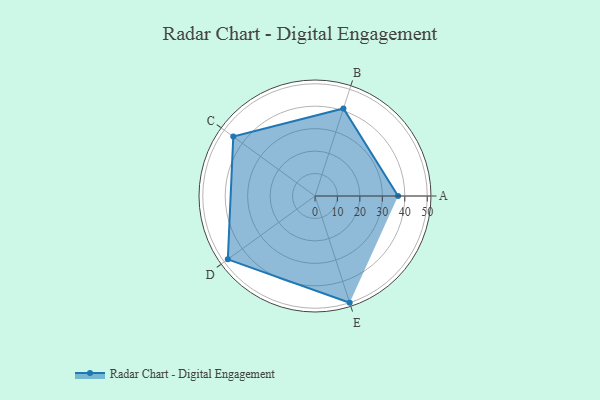
{"axis": {"x": "Skill", "y": "Score"}, "legend": ["Profile"], "data": [{"x": "A", "y": 37.0, "type": "Profile"}, {"x": "B", "y": 41.0, "type": "Profile"}, {"x": "C", "y": 45.0, "type": "Profile"}, {"x": "D", "y": 48.0, "type": "Profile"}, {"x": "E", "y": 50.0, "type": "Profile"}]}